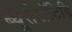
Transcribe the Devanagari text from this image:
ब्यूसेरॉटिड़ि